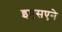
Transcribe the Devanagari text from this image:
इएसएने